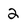
Character: 2